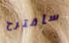
سأقترح